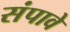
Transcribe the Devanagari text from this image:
संपावे